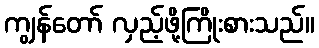
ကျွန်တော် လှည့်ဖို့ကြိုးစားသည်။